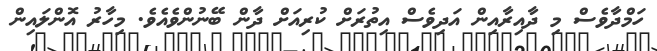
ހަމްދާވެސް މި ދާއިރާއިން އަދިވެސް އިތުރަށް ކުރިއަށް ދާން ބޭނުންވެއެވެ. މިހާރު އޮންލައިން